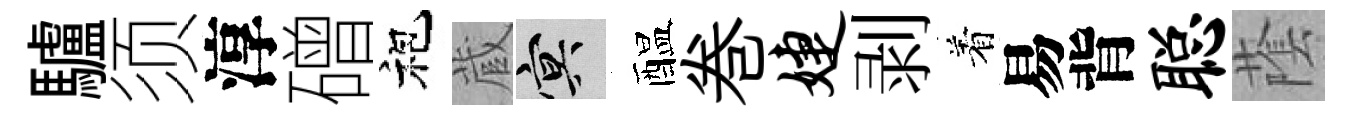
驢须淳磳袍蔵冥醖巻婕剥着易背聪䕃